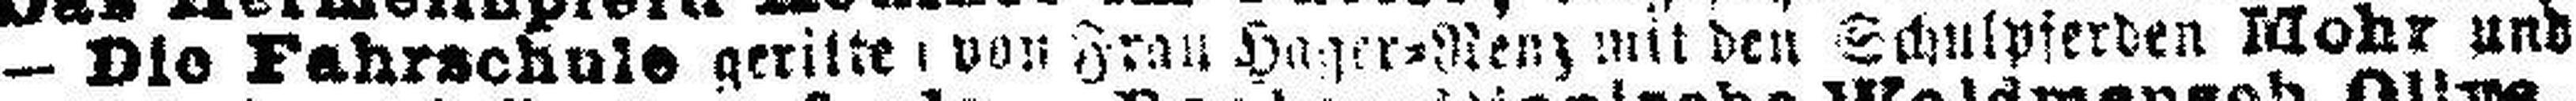
— Die Fahrschule gerilte### von Frau Hager=Renz mit den Schulpferden Mohr und